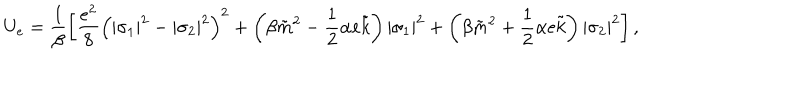
LaTeX: U _ { e } = \frac { 1 } { \beta } \left[ \frac { e ^ { 2 } } { 8 } \left( | \sigma _ { 1 } | ^ { 2 } - | \sigma _ { 2 } | ^ { 2 } \right) ^ { 2 } + \left( \beta \tilde { m } ^ { 2 } - \frac { 1 } { 2 } \alpha e \tilde { k } \right) | \sigma _ { 1 } | ^ { 2 } + \left( \beta \tilde { m } ^ { 2 } + \frac { 1 } { 2 } \alpha e \tilde { k } \right) | \sigma _ { 2 } | ^ { 2 } \right] ,